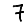
Digit: 7